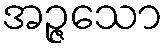
အဉ္ဇသော